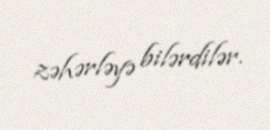
zəhərləyə bilərdilər.